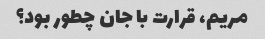
مریم، قرارت با جان چطور بود؟